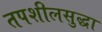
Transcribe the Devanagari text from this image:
तपशीलसुद्धा